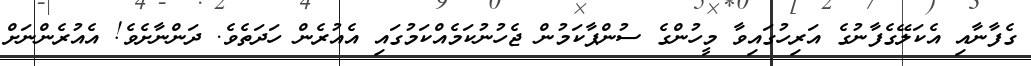
ގެފާނާއި އެކަލޭގެފާނުގެ އަރިހުގައިވާ މީހުންގެ ސުންޕާކަމުން ޖެހުނުކަމެއްކަމުގައި އެއުރެން ހަދަތެވެ. ދަންނާށެވެ! އެއުރެންނަށް